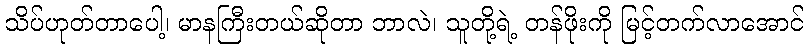
သိပ်ဟုတ်တာပေါ့၊ မာနကြီးတယ်ဆိုတာ ဘာလဲ၊ သူတို့ရဲ့ တန်ဖိုးကို မြင့်တက်လာအောင်